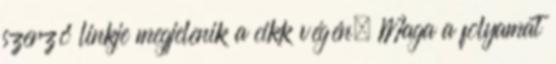
szerző linkje megjelenik a cikk végén. Maga a folyamat